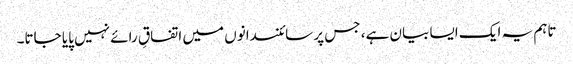
تاہم یہ ایک ایسا بیان ہے، جس پر سائنسدانوں میں اتفاقِ رائے نہیں پایا جاتا۔